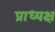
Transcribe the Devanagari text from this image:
प्राध्यक्ष